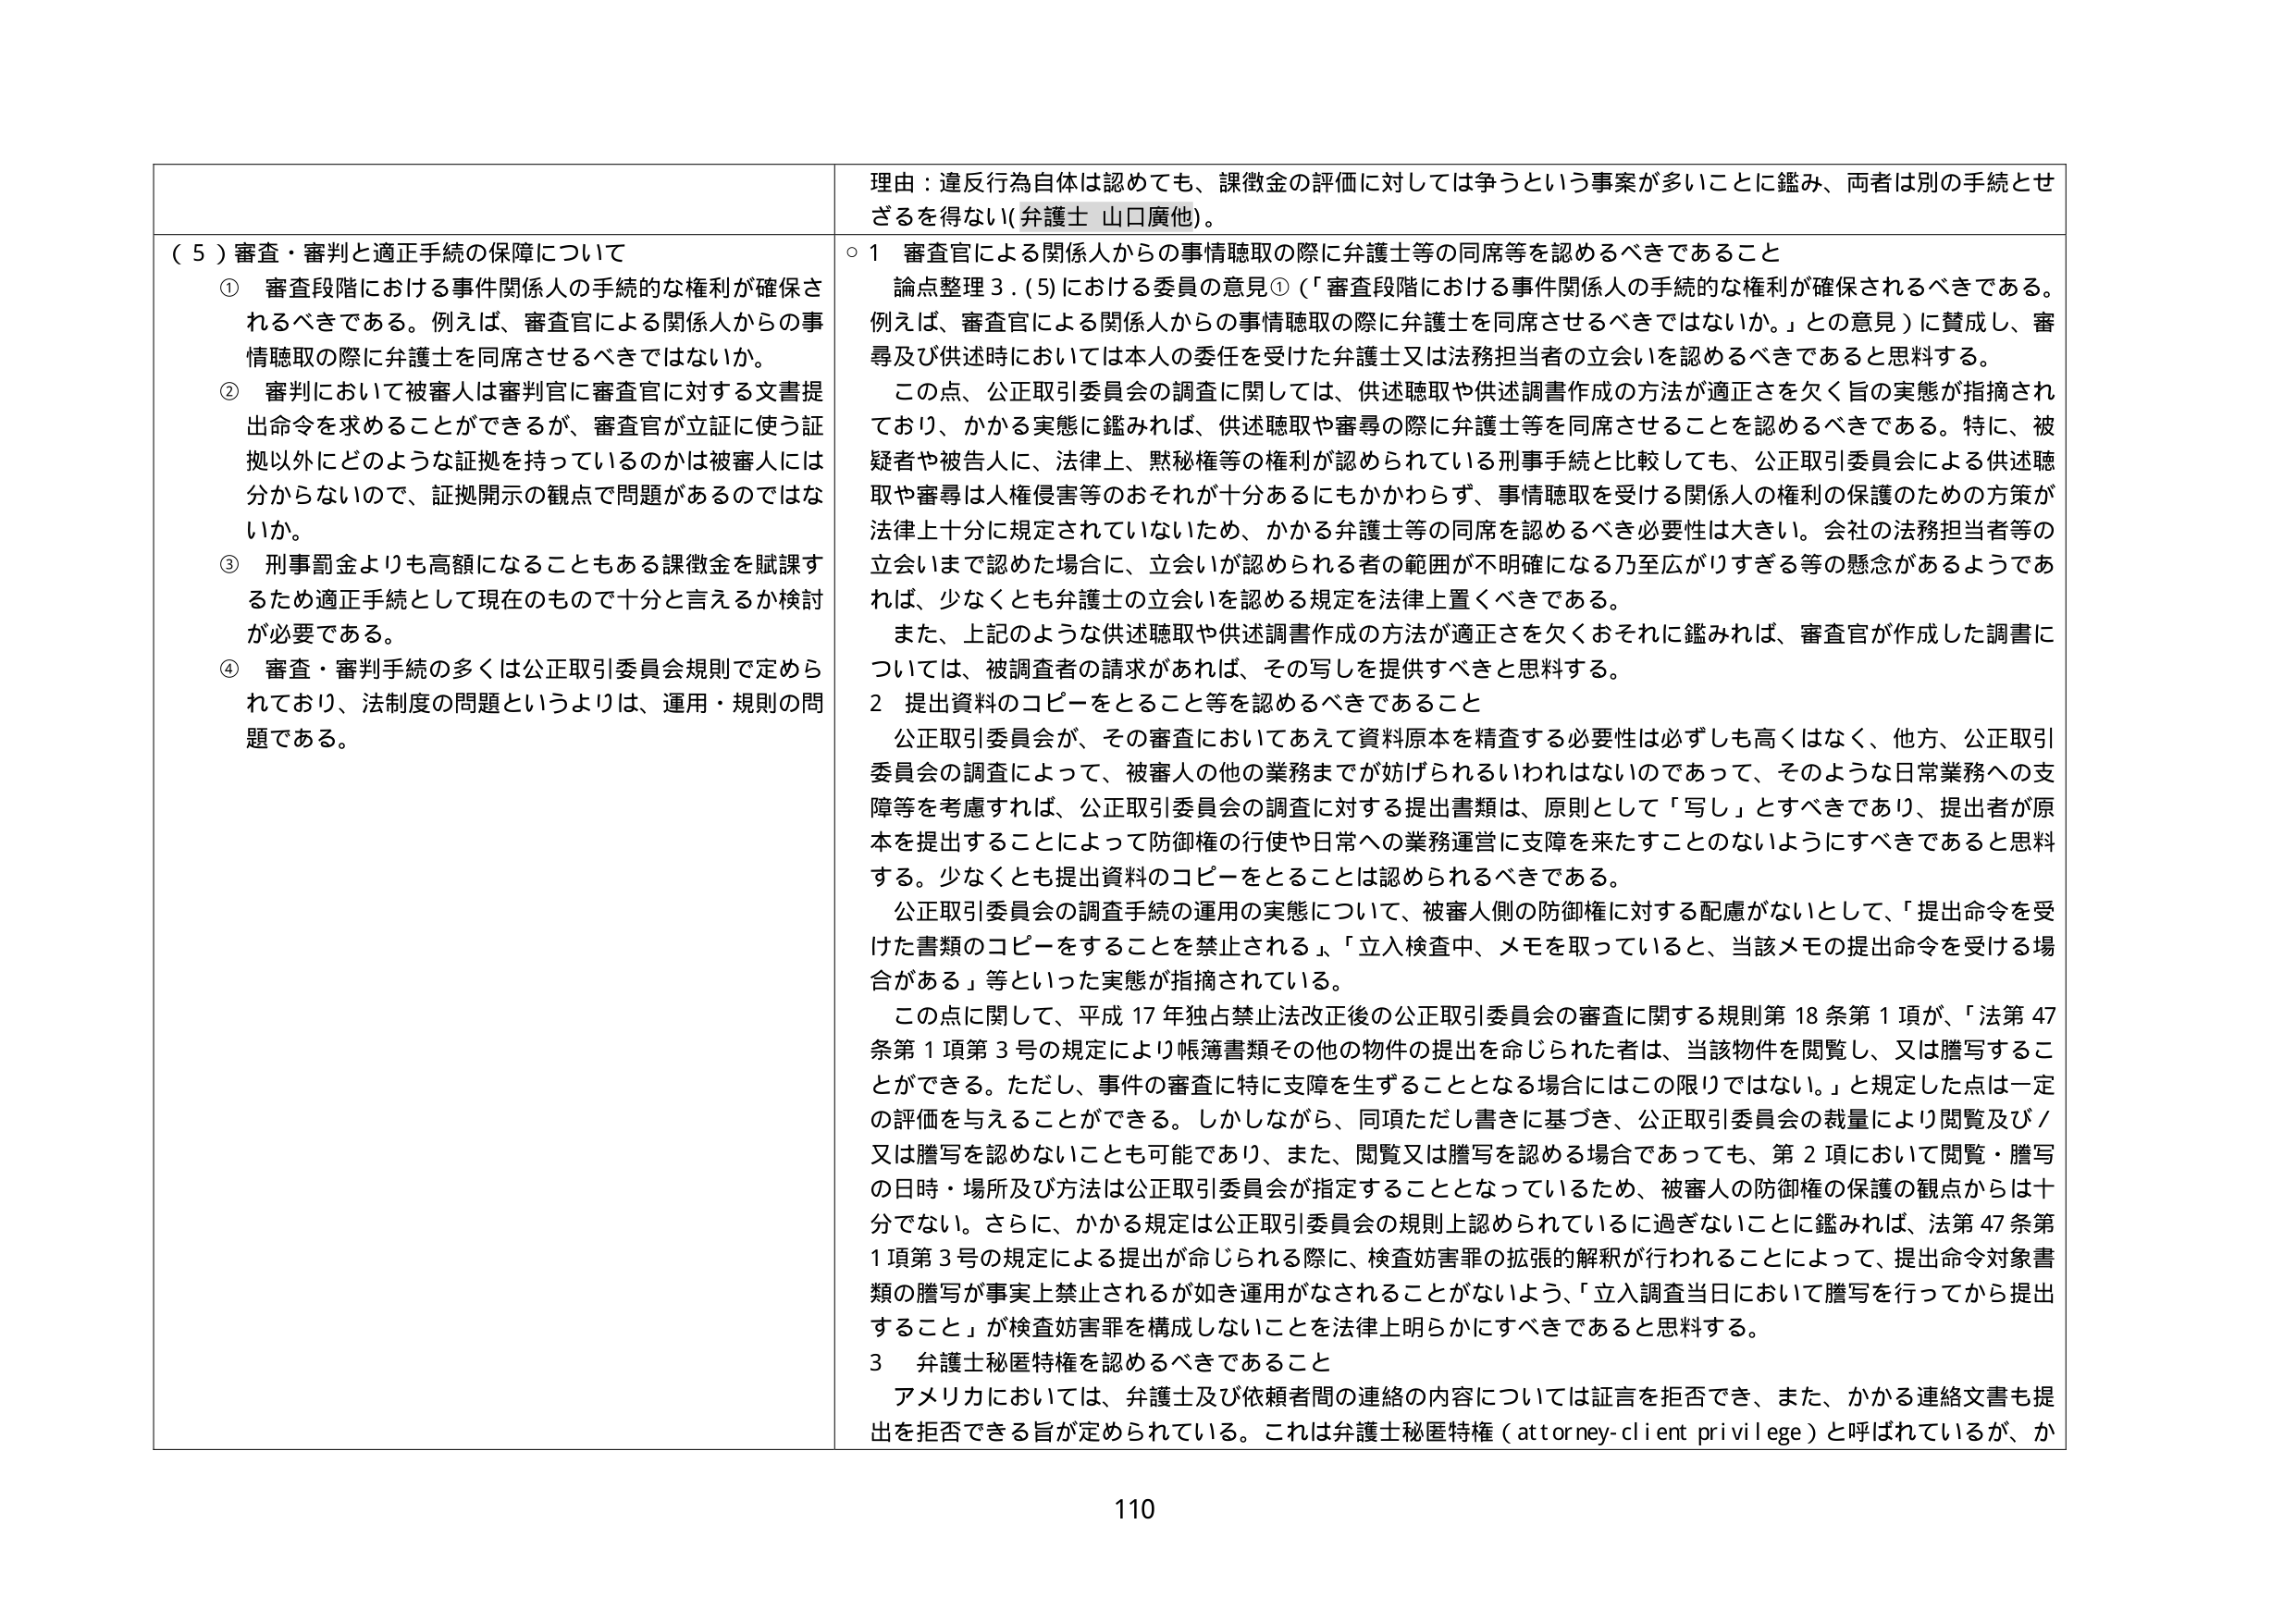
理由：違反行為自体は認めても、課徴金の評価に対しては争うという事案が多いことに鑑み、両者は別の手続とせざるを得ない（弁護士 山口廣他）。

（５）審査・審判と適正手続の保障について
① 審査段階における事件関係人の手続的な権利が確保されるべきである。例えば、審査官による関係人からの事情聴取の際に弁護士を同席させるべきではないか。
② 審判において被審人は審判官に審査官に対する文書提出命令を求めることができるが、審査官が立証に使う証拠以外にどのような証拠を持っているのかは被審人には分からないので、証拠開示の観点で問題があるのではないか。
③ 刑事罰金よりも高額になることもある課徴金を賦課するため適正手続として現在のもので十分と言えるか検討が必要である。
④ 審査・審判手続の多くは公正取引委員会規則で定められており、法制度の問題というよりは、運用・規則の問題である。

○１ 審査官による関係人からの事情聴取の際に弁護士等の同席等を認めるべきであること
　論点整理３．（５）における委員の意見①（「審査段階における事件関係人の手続的な権利が確保されるべきである。例えば、審査官による関係人からの事情聴取の際に弁護士を同席させるべきではないか。」との意見）に賛成し、審尋及び供述時においては本人の委任を受けた弁護士又は法務担当者の立会いを認めるべきであると思料する。
　この点、公正取引委員会の調査に関しては、供述聴取や供述調書作成の方法が適正さを欠く旨の実態が指摘されており、かかる実態に鑑みれば、供述聴取や審尋の際に弁護士等を同席させることを認めるべきである。特に、被疑者や被告人に、法律上、黙秘権等の権利が認められている刑事手続と比較しても、公正取引委員会による供述聴取や審尋は人権侵害等のおそれが十分あるにもかかわらず、事情聴取を受ける関係人の権利の保護のための方策が法律上十分に規定されていないため、かかる弁護士等の同席を認めるべき必要性は大きい。会社の法務担当者等の立会いまで認めた場合に、立会いが認められる者の範囲が不明確になる乃至広がりすぎる等の懸念があるようであれば、少なくとも弁護士の立会いを認める規定を法律上置くべきである。
　また、上記のような供述聴取や供述調書作成の方法が適正さを欠くおそれに鑑みれば、審査官が作成した調書については、被調査者の請求があれば、その写しを提供すべきと思料する。

２ 提出資料のコピーをすること等を認めるべきであること
　公正取引委員会が、その審査においてあえて資料原本を精査する必要性は必ずしも高くはなく、他方、公正取引委員会の調査によって、被審人の他の業務までが妨げられるいわれはないのであって、そのような日常業務への支障等を考慮すれば、公正取引委員会の調査に対する提出書類は、原則として「写し」とすべきであり、提出者が原本を提出することによって防御権の行使や日常への業務運営に支障を来たすことのないようにすべきであると思料する。少なくとも提出資料のコピーをすることは認められるべきである。
　公正取引委員会の調査手続の運用の実態について、被審人側の防御権に対する配慮がないとして、「提出命令を受けた書類のコピーをすることを禁止される」、「立入検査中、メモを取っていると、当該メモの提出命令を受ける場合がある」等といった実態が指摘されている。
　この点に関して、平成17年独占禁止法改正後の公正取引委員会の審査に関する規則第18条第1項が、「法第47条第1項第3号の規定により帳簿書類その他の物件の提出を命じられた者は、当該物件を閲覧し、又は謄写することができる。ただし、事件の審査に特に支障を生ずることとなる場合にはこの限りではない。」と規定した点は一定の評価を与えることができる。しかしながら、同項ただし書きに基づき、公正取引委員会の裁量により閲覧及び／又は謄写を認めないことも可能であり、また、閲覧又は謄写を認める場合であっても、第2項において閲覧・謄写の日時・場所及び方法は公正取引委員会が指定することとなっているため、被審人の防御権の保護の観点からは十分でない。さらに、かかる規定は公正取引委員会の規則上認められているに過ぎないことに鑑みれば、法第47条第1項第3号の規定による提出が命じられる際に、検査妨害罪の拡張的解釈が行われることによって、提出命令対象書類の謄写が事実上禁止されるが如き運用がなされることがないよう、「立入調査当日において謄写を行ってから提出すること」が検査妨害罪を構成しないことを法律上明らかにすべきであると思料する。

３ 弁護士秘匿特権を認めるべきであること
　アメリカにおいては、弁護士及び依頼者間の連絡の内容については証言を拒否でき、また、かかる連絡文書も提出を拒否できる旨が定められている。これは弁護士秘匿特権（attorney-client privilege）と呼ばれているが、か

110